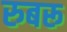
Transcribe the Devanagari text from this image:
रुबरू